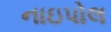
નાઇપોલ